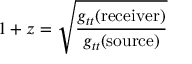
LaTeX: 1 + z = { \sqrt { \frac { g _ { t t } ( { \mathrm { r e c e i v e r } } ) } { g _ { t t } ( { \mathrm { s o u r c e } } ) } } }